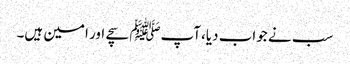
سب نے جواب دیا،آپﷺ سچے اور امین ہیں۔